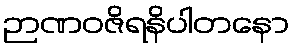
ဉာဏဝဇိရနိပါတနော